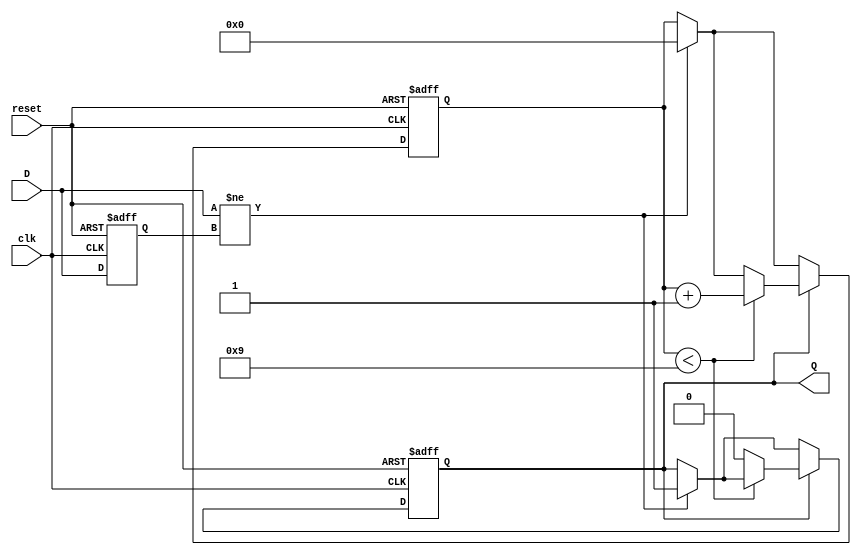
module monostable_edge_detector (
    input wire clk,          // Clock input
    input wire reset,        // Asynchronous reset
    input wire D,           // Input signal to be monitored
    output reg Q            // Output pulse signal
);

    // Parameters
    parameter PULSE_WIDTH = 10; // Pulse width in clock cycles

    // State variables
    reg D_prev;                // Previous state of the input signal
    reg [3:0] count;           // Counter for pulse width

    // Edge detection logic and pulse generation
    always @(posedge clk or posedge reset) begin
        if (reset) begin
            D_prev <= 1'b0;     // Initialize previous state
            Q <= 1'b0;          // Initialize output pulse
            count <= 4'b0;      // Initialize counter
        end else begin
            // Edge detection
            if (D != D_prev) begin
                Q <= 1'b1;       // Generate pulse on edge detection
                count <= 4'b0;   // Reset counter
            end

            // Pulse width control
            if (Q) begin
                if (count < PULSE_WIDTH - 1) begin
                    count <= count + 1; // Increment counter
                end else begin
                    Q <= 1'b0;          // Reset output pulse after specified width
                end
            end

            // Update previous state
            D_prev <= D;
        end
    end
endmodule